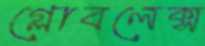
গ্লোবলেক্স